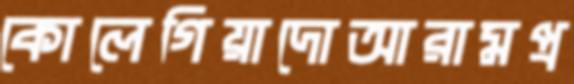
কোলেগিয়াদোআরামপ্র